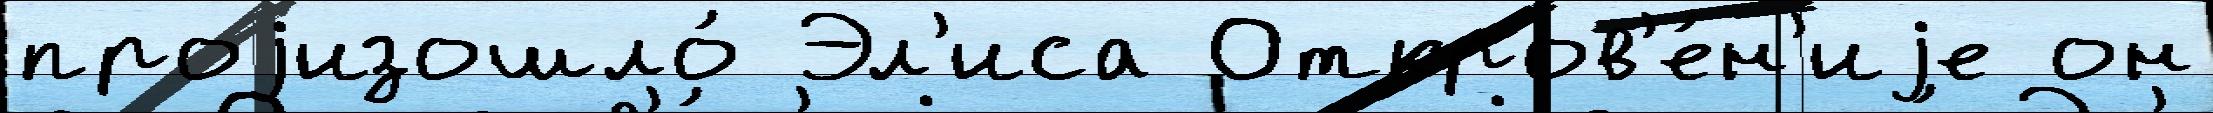
проjизошло́ Эл'иса Откров'е́н'иjе он